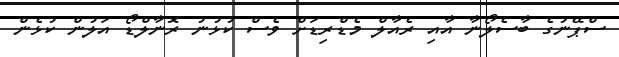
ސްޕޭނުގެ ބާސެލޯނާ އާއި ރެއާލް މެޑްރިޑަށް ވެސް ކުޅުނު ރޮނާލްޑޯ އަލުން ކުޅެން